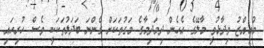
މުޢިއްޒު ވިދާޅުވީ މާލޭގެ އެހެން ދިމަދިމާގެ މަގުތަކަށް ގެންނަ ބަދަލުތަކަކީ ވެސް ހުރިހައި